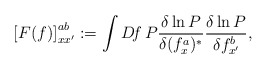
\begin{align*}\left[ F(f)\right]^{ab}_{xx'} :=\int D\! f\, P\frac{\delta\ln P}{\delta(f^a_x)^*}\frac{\delta\ln P}{\delta f^b_{x'}} ,\end{align*}